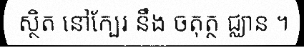
ស្ថិត នៅក្បែរ នឹង ចតុត្ថ ជ្ឈាន ។